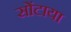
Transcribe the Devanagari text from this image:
सोंटाया